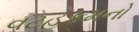
વટહૂકમનો